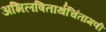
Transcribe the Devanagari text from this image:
अभिलषितार्थचिंतामणी